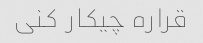
قراره چیکار کنی